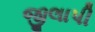
જીલાપી